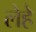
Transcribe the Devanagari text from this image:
लेहे